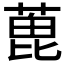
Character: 𦶃